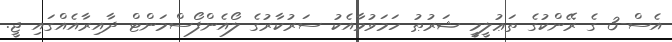
އެސް-3 ގެ ރޭންކުގެ ތަޢުލީމީ ޝަރުޠު ހަމަވުމާއެކު ސަރުކާރުގެ ލޯއެންފޯސްމަންޓް ދާއިރާއެއްގައި ޖީ.